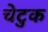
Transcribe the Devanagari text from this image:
चेटुक